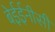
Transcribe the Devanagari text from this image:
बेईईनीसी